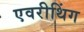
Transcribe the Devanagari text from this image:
एवरीथिंग